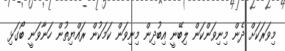
މިވަރަކަށް ދެން މިނިވަންކަން ލިބޭނީ އިބުދިން މިނިވަން ކަމަކުން ރައްޔިތުން ހަނާވަނީ ބޯގަޅި